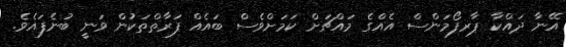
އޭނާ ދައްކާ ޕާރފޯމަންސް އެެއްގެ މައްޗަށް ކަމަށްވެސް ބައެއް ފަރާތްތަކުން ވަނީ ބުނެފައެވެ.